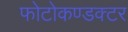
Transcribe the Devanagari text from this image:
फोटोकण्डक्टर